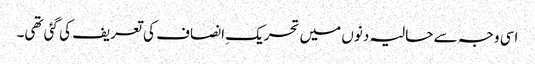
اسی وجہ سے حالیہ دنوں میں تحریکِ انصاف کی تعریف کی گئی تھی۔